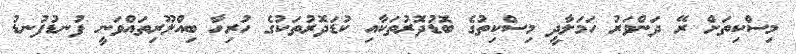
މިސްކިތަށް ރޭ ދަންވަރު ހަމަލާދީ މިސްކިތުގެ ބޮޑުދޮރުތަކާއި ކުޑަދޮރުތަކުގެ ހުރިހާ ބިއްލޫރިތައްވަނީ ފުނޑުފުނޑު